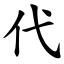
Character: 代